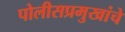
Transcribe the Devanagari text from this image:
पोलीसप्रमुखांचे